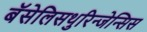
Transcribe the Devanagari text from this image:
बॅसेलिसथुरिन्जेन्सिस